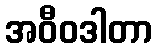
အဝီဝဒါတာ